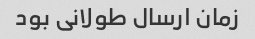
زمان ارسال طولانی بود